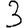
Digit: 3